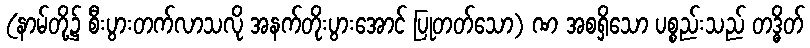
(နာမ်တို့၌ စီးပွားတက်လာသလို အနက်တိုးပွားအောင် ပြုတတ်သော) ဏ အစရှိသော ပစ္စည်းသည် တဒ္ဓိတ်